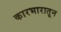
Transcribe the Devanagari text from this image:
कारभारातून